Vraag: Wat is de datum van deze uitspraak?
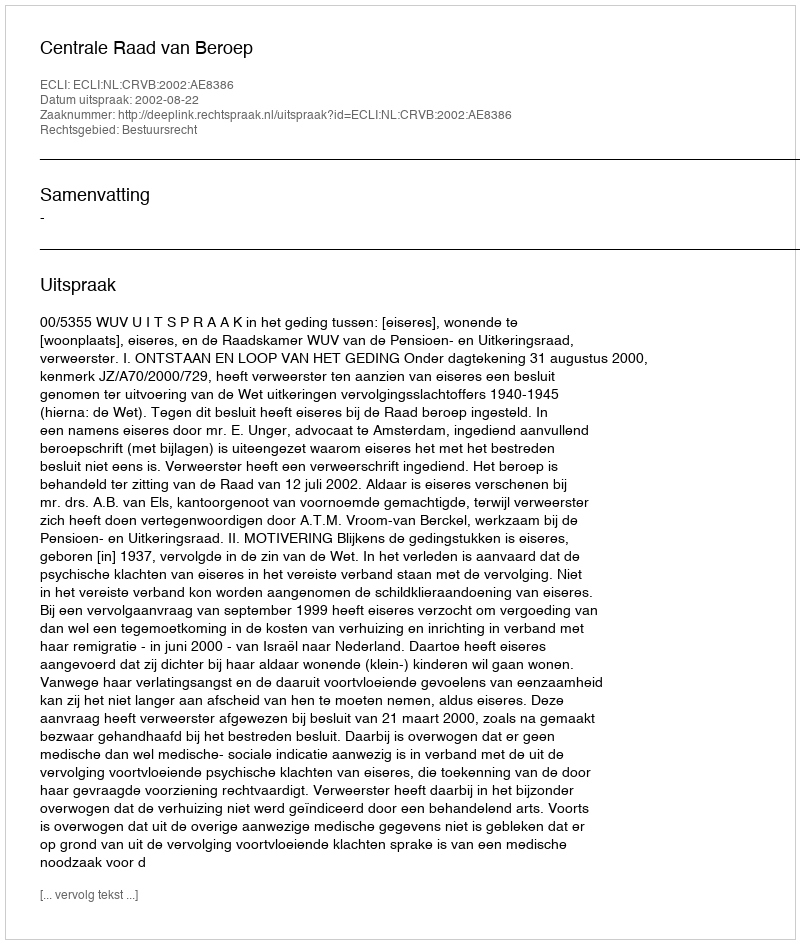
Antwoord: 2002-08-22